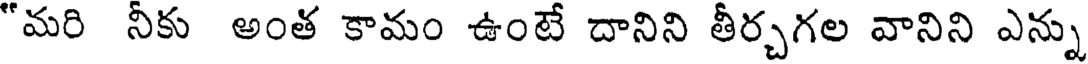
"మరి నీకు అంత కామం ఉంటే దానిని తీర్చగల వానిని ఎన్ను